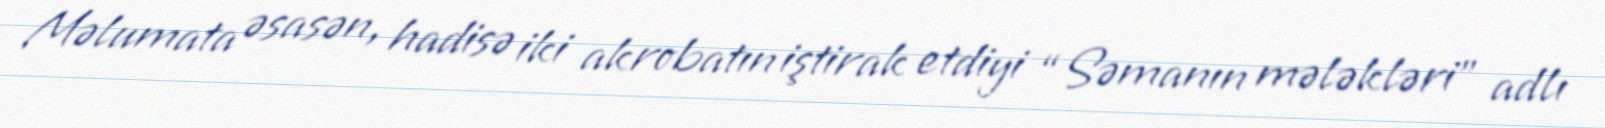
Məlumata əsasən, hadisə iki akrobatın iştirak etdiyi “Səmanın mələkləri” adlı